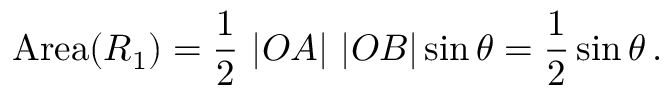
\mathrm { A r e a } ( R _ { 1 } ) = { \frac { 1 } { 2 } } \ | O A | \ | O B | \sin \theta = { \frac { 1 } { 2 } } \sin \theta \, .